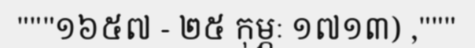
"""១៦៥៧ - ២៥ កុម្ភៈ ១៧១៣) ,"""